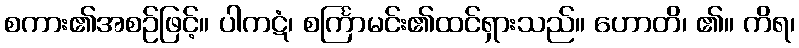
စကား၏အစဉ်ဖြင့်။ ပါကဋံ၊ စင်္ကြာမင်း၏ထင်ရှားသည်။ ဟောတိ၊ ၏။ ကိရ၊